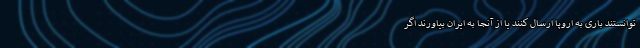
توانستند باری به اروپا ارسال کنند یا از آنجا به ایران بیاورند اگر